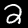
Digit: 2